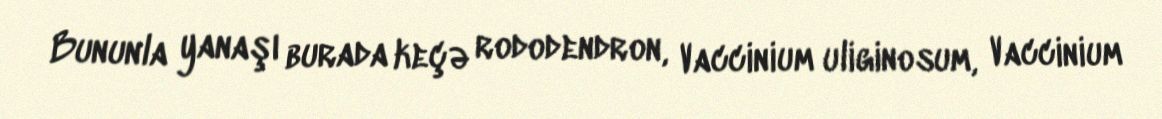
Bununla yanaşı burada keçə rododendron, Vaccinium uliginosum, Vaccinium